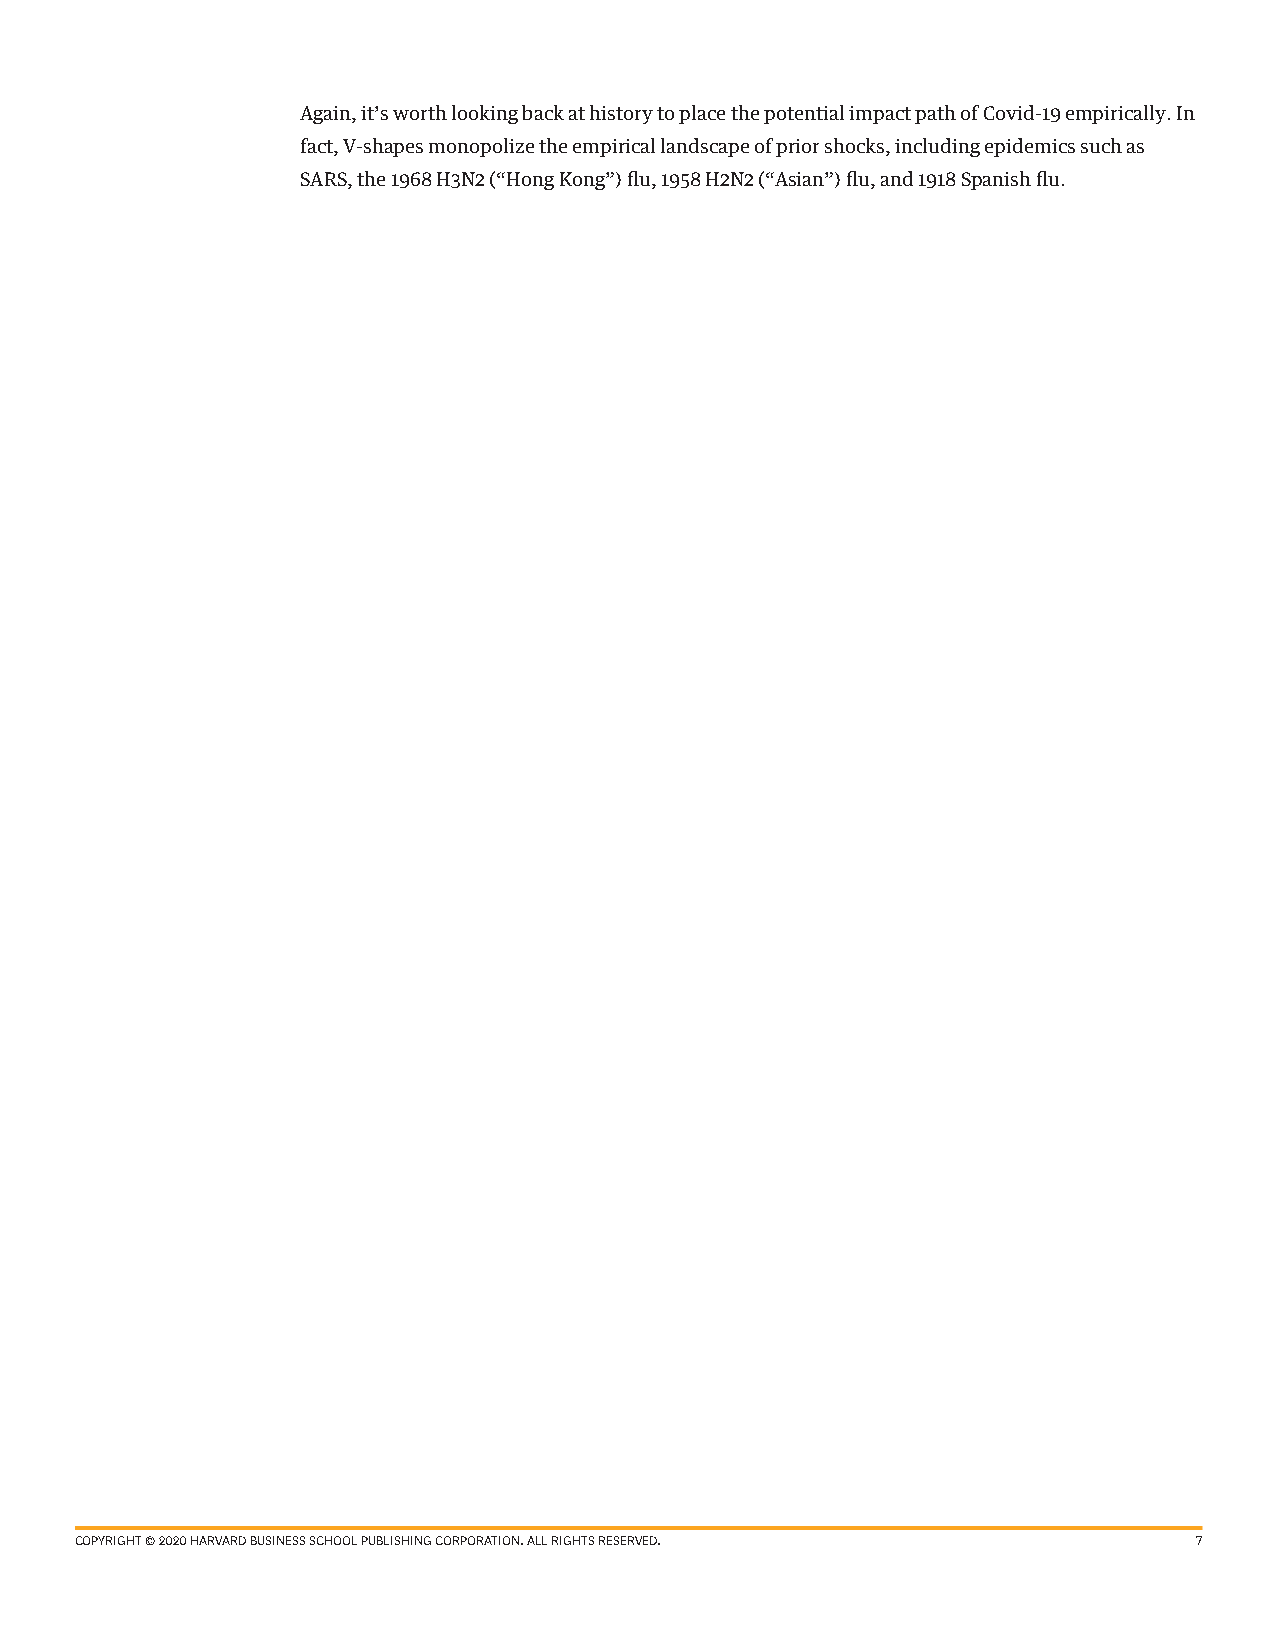
Again, it’s worth looking back at history to place the potential impact path of Covid-19 empirically. In
 fact, V-shapes monopolize the empirical landscape of prior shocks, including epidemics such as
 SARS, the 1968 H3N2 (“Hong Kong”) flu, 1958 H2N2 (“Asian”) flu, and 1918 Spanish flu.
 COPYRIGHT © 2020 HARVARD BUSINESS SCHOOL PUBLISHING CORPORATION. ALL RIGHTS RESERVED. 7